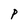
Character: P